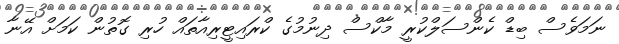
ނަމަވެސް ބިޑް ކެންސަލްކުރީ މާކްސް ދިނުމުގެ ކްރައިޓީރިއާތައް ހުރި ގޮތުން ކަމަށް އޭނާ